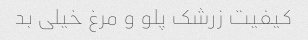
کیفیت زرشک پلو و مرغ خیلی بد